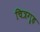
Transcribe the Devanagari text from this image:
चित्रगॄह